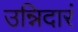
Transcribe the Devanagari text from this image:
उन्निदारं